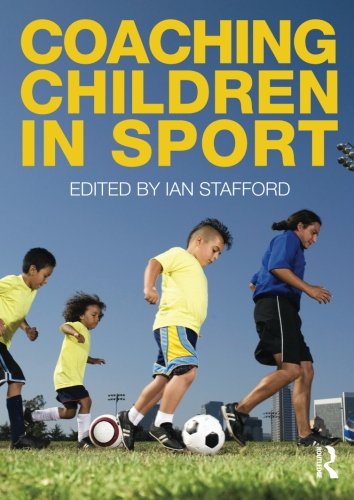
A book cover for S Lincoln Sports Bundle: Coaching Children in Sport; Sports & Outdoors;